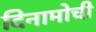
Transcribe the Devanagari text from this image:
दिनामोची